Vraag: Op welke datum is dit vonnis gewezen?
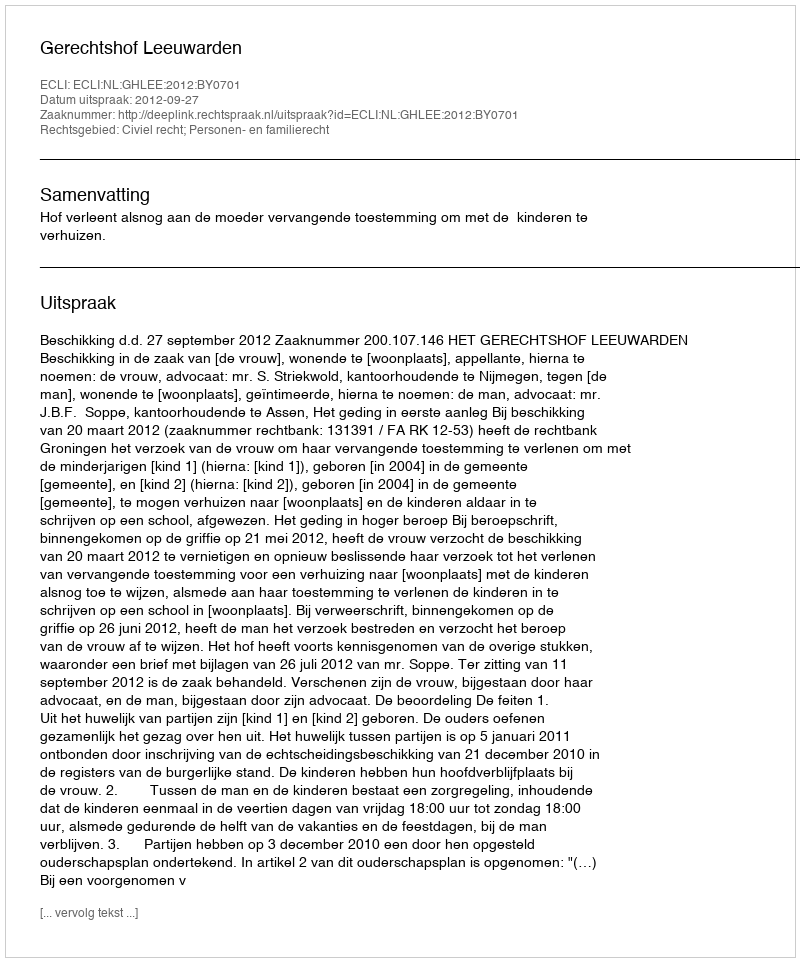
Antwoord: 2012-09-27